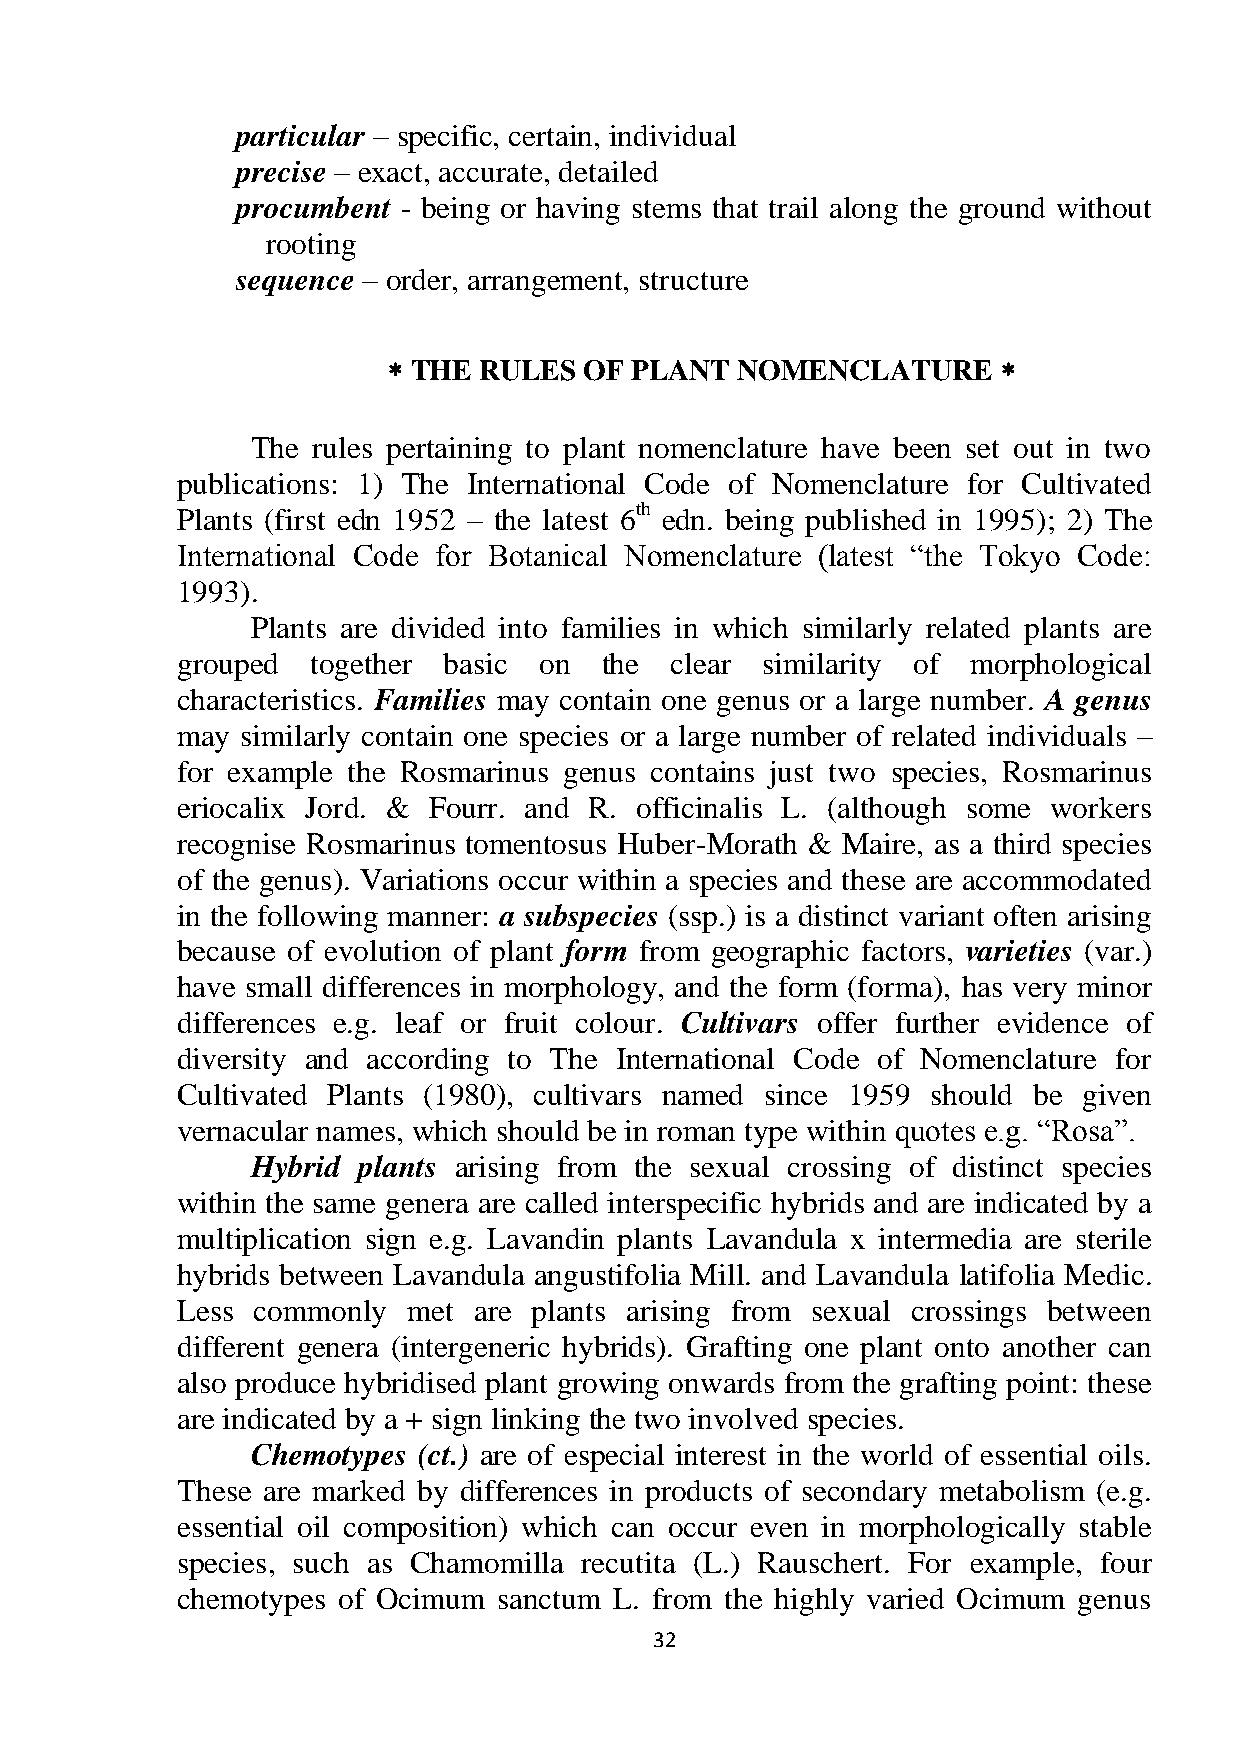
particular – specific, certain, individual
 precise – exact, accurate, detailed
 procumbent - being or having stems that trail along the ground without
 rooting
 sequence – order, arrangement, structure
  THE RULES  OF PLANT  NOMENCLATURE     
 The rules pertaining to plant nomenclature have been set out in two
 publications: 1) The International Code of Nomenclature for Cultivated
 Plants (first edn 1952 – the latest 6th edn. being published in 1995); 2) The
 International Code for Botanical Nomenclature (latest ―the Tokyo Code:
 1993).
 Plants are divided into families in which similarly related plants are
 grouped  together basic on  the clear similarity of morphological
 characteristics. Families may contain one genus or a large number. A genus
 may similarly contain one species or a large number of related individuals –
 for example the Rosmarinus genus contains just two species, Rosmarinus
 eriocalix Jord. & Fourr. and R. officinalis L. (although some workers
 recognise Rosmarinus tomentosus Huber-Morath & Maire, as a third species
 of the genus). Variations occur within a species and these are accommodated
 in the following manner: a subspecies (ssp.) is a distinct variant often arising
 because of evolution of plant form from geographic factors, varieties (var.)
 have small differences in morphology, and the form (forma), has very minor
 differences e.g. leaf or fruit colour. Cultivars offer further evidence of
 diversity and according to The International Code of Nomenclature for
 Cultivated Plants (1980), cultivars named since 1959 should be given
 vernacular names, which should be in roman type within quotes e.g. ―Rosa‖.
 Hybrid plants arising from the sexual crossing of distinct species
 within the same genera are called interspecific hybrids and are indicated by a
 multiplication sign e.g. Lavandin plants Lavandula x intermedia are sterile
 hybrids between Lavandula angustifolia Mill. and Lavandula latifolia Medic.
 Less commonly  met are plants arising from sexual crossings between
 different genera (intergeneric hybrids). Grafting one plant onto another can
 also produce hybridised plant growing onwards from the grafting point: these
 are indicated by a + sign linking the two involved species.
 Chemotypes (ct.) are of especial interest in the world of essential oils.
 These are marked by differences in products of secondary metabolism (e.g.
 essential oil composition) which can occur even in morphologically stable
 species, such as Chamomilla recutita (L.) Rauschert. For example, four
 chemotypes of Ocimum sanctum L. from the highly varied Ocimum genus
 32